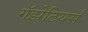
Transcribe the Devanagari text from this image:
गॅझेटियर्स